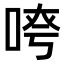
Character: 𫪖